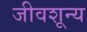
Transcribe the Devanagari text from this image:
जीवशून्य